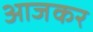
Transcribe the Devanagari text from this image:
आजकर